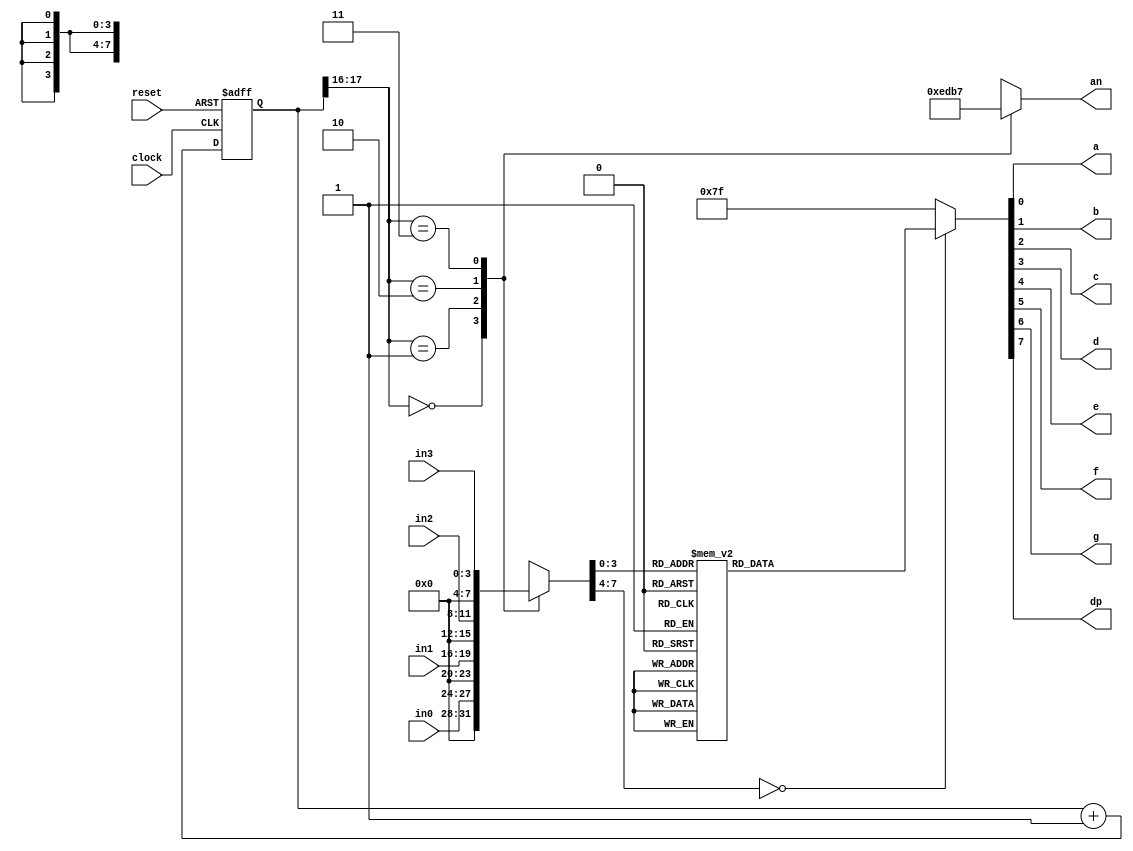
`timescale 1ns / 1ps
//////////////////////////////////////////////////////////////////////////////////
// Company: 
// Engineer: 
// 
// Design Name: 
// Module Name:    sevenseg 
// Project Name: 
// Target Devices: 
// Tool versions: 
// Description: 
//
// Dependencies: 
//
// Revision: 
// Revision 0.01 - File Created
// Additional Comments: 
//
//////////////////////////////////////////////////////////////////////////////////
 module sevenseg(
 input clock, reset,

 input [3:0]in0, in1, in2, in3,  //the 4 inputs for each display
 output a, b, c, d, e, f, g, dp, //the individual LED output for the seven segment along with the digital point
 output [3:0] an   // the 4 bit enable signal
 );
 
localparam N = 18;
 
reg [N-1:0]count; //the 18 bit counter which allows us to multiplex at 1000Hz
always @ (posedge clock or posedge reset)
 begin
  if (reset)
   count <= 0;
  else
   count <= count + 1'b1;
 end
 
reg [7:0]sseg; //the 7 bit register to hold the data to output
reg [3:0]an_temp; //register for the 4 bit enable
 
always @ (*)
 begin
  case(count[N-1:N-2]) //using only the 2 MSB's of the counter
    
   2'b00 :  //When the 2 MSB's are 00 enable the fourth display
    begin
     sseg = in0;
     an_temp = 4'b1110;
    end
    
   2'b01:  //When the 2 MSB's are 01 enable the third display
    begin
     sseg = in1;
     an_temp = 4'b1101;
    end
    
   2'b10:  //When the 2 MSB's are 10 enable the second display
    begin
     sseg = in2;
     an_temp = 4'b1011;
    end
     
   2'b11:  //When the 2 MSB's are 11 enable the first display
    begin
     sseg = in3;
     an_temp = 4'b0111;
	 end
	default : sseg=in0;

   
  endcase
 end
assign an = an_temp;
 
 
reg [7:0] sseg_temp; // 7 bit register to hold the binary value of each input given
 
always @ (*)
 begin
  case(sseg)
   4'd0 : sseg_temp = 8'b11000000; //to display 0
   4'd1 : sseg_temp = 8'b11111001; //to display 1
   4'd2 : sseg_temp = 8'b10100100; //to display 2
   4'd3 : sseg_temp = 8'b10110000; //to display 3
   4'd4 : sseg_temp = 8'b10011001; //to display 4
   4'd5 : sseg_temp = 8'b10010010; //to display 5
   4'd6 : sseg_temp = 8'b10000010; //to display 6
   4'd7 : sseg_temp = 8'b11111000; //to display 7
   4'd8 : sseg_temp = 8'b10000000; //to display 8
   4'd9 : sseg_temp = 8'b10010000; //to display 9
	4'd10 : sseg_temp = 8'b01111111;
   default : sseg_temp =8'b01111111; //dash
  endcase
 end
assign {dp,g, f, e, d, c, b, a} = sseg_temp; //concatenate the outputs to the register, this is just a more neat way of doing this.
// I could have done in the case statement: 4'd0 : {g, f, e, d, c, b, a} = 7'b1000000;
// its the same thing.. write however you like it
 
//assign dp = 1'b1; //since the decimal point is not needed, all 4 of them are turned off
 
 
endmodule